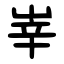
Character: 峷